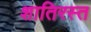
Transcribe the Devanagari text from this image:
शातिरस्त